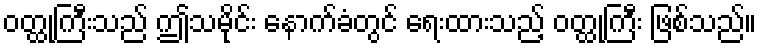
ဝတ္ထုကြီးသည် ဤသမိုင်း နောက်ခံတွင် ရေးထားသည့် ဝတ္ထုကြီး ဖြစ်သည်။